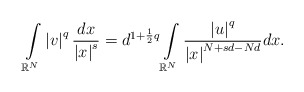
\begin{align*}\int\limits_{\mathbb{R}^{N}}\left\vert v\right\vert ^{q}\frac{dx}{\left\vert x\right\vert ^{s}}=d^{1+\frac{1}{2}q}\int\limits_{\mathbb{R}^{N}}\frac{\left\vert u\right\vert ^{q}}{\left\vert x\right\vert ^{N+sd-Nd}}dx.\end{align*}